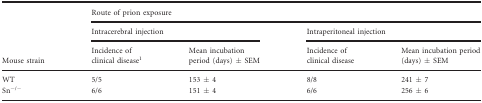
|  | <COLSPAN=4> Route of prion exposure |
 |  | <COLSPAN=2> Intracerebral injection | <COLSPAN=2> Intraperitoneal injection |
 | Mouse strain | Incidence of clinical disease1 | Mean incubation period (days) ± SEM | Incidence of clinical disease | Mean incubation period (days) ± SEM |
 | --- | --- | --- | --- | --- |
 | WT | 5/5 | 153 ± 4 | 8/8 | 241 ± 7 |
 | Sn−/− | 6/6 | 151 ± 4 | 6/6 | 256 ± 6 |